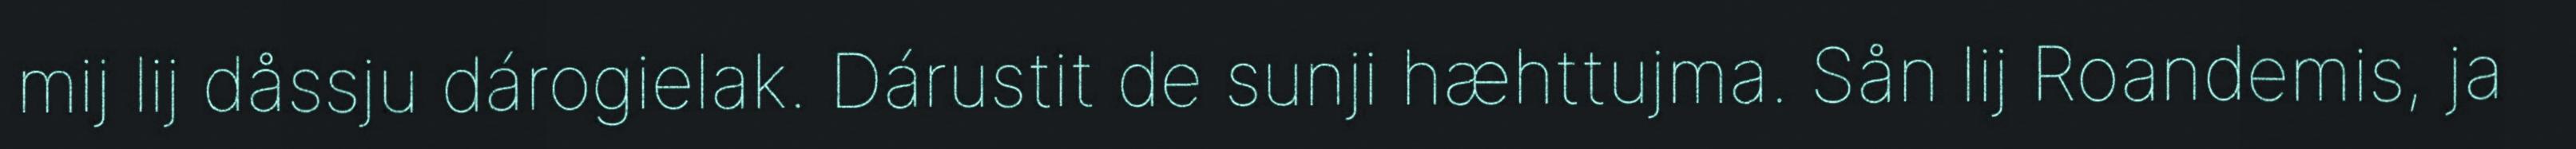
mij lij dåssju dárogielak. Dárustit de sunji hæhttujma. Sån lij Roandemis, ja